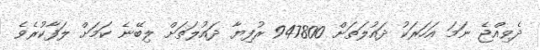
ދެވިއްޖެ ނަމަ އަހަރަކު ދައުލަތަށް 947800 ރުފިޔާ ދައުލަތަށް ލިބޭނެ ކަމަށް ލަފާކުރެވެ